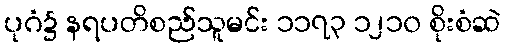
ပုဂံ၌ နရပတိစည်သူမင်း ၁၁၇၃ ၁၂၁၀ စိုးစံဆဲ